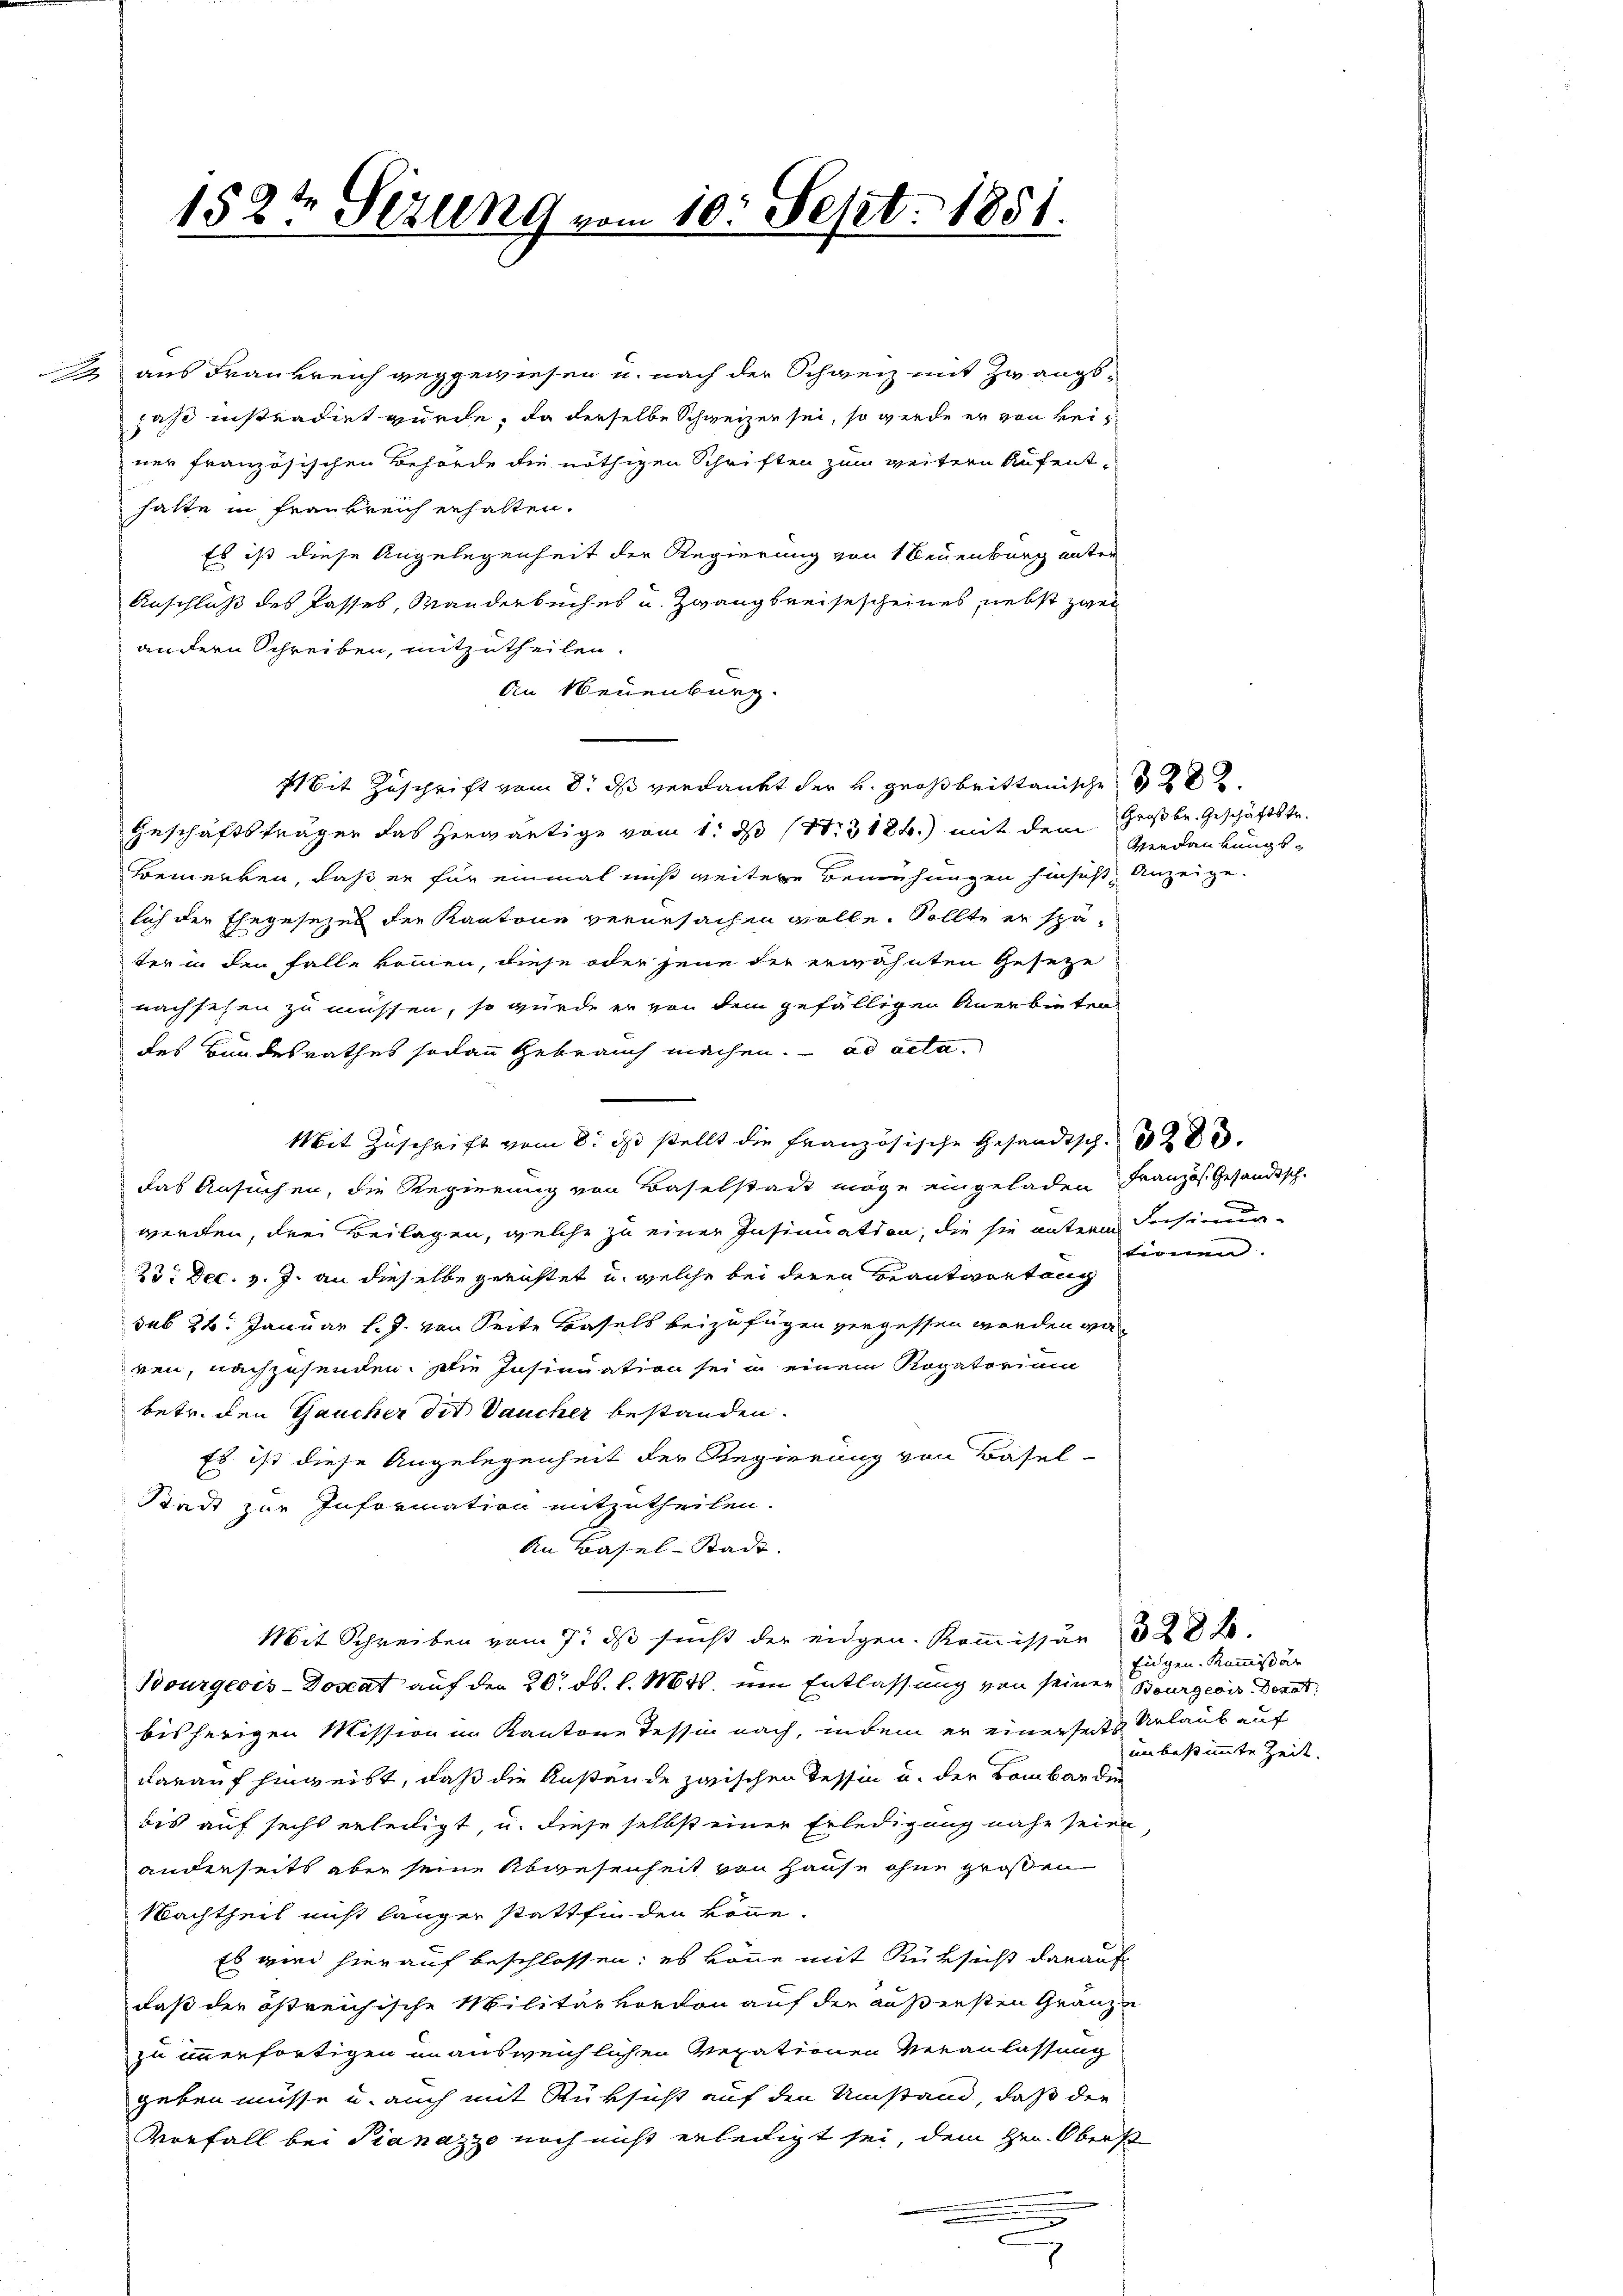
152te Sezung vom 10. Sept. 1851.

aus Frankreich geggewiesen u. nach der Schweiz mit Zwangsfast instradirt wurde, da derselbe Schweizen sei, so werde er von keiner französischen Behörde die nöthigen Schriften zum weitern Aufenthatte in Frankreich erhalten.
Es ist diese Angelegenheit der Regierung von 1 Neuenburg unter
Anschluß des Passes, Manderbuches u. Zwangbreisescheines, nebst zwei
andern Schreiben, mitzutheilen.
An Neuenburg.
bit Zuschrift vom 8. ds verdankt der v. Großbrittanische
Geschäftsträger das herwärtige vom 1. ds (S. 318.) mit dem Großbr. Geschäftstr.
Bemerken, daß er für einmal mißt weitere Bemühungen hinsicht Anzeige.
sich der Ehegesezel der Kantone verursachen wolle. Sollte er später in den Falle kommen, diese oder jene der erwähnten Gesetze
nachsehen zu müssen, so würde er von dem gefälligen Anerbieten
des Bundesrathes sodann Gebrauch machen. ad acta.
Mit Zuschrift vom 8. ds stellt die Französische Gesandtsch. 3200.
das Ansuchen, die Regierung von Baselstadt möge eingeladen Französ. Gesandtsch-
werden, drei Beilagen, welche zu einer Insinuation, die sie untern Insinu¬
23 Dec. v. J. an dieselbe gerichtet u. welche bei deren Beantwortung
sub 24. Januar l. J. von Seite Basels beizufügen vergessen werden wär
ren, nachzusenden. Die Insinuation sei in einem Rogatorium
betr. den Gaucher die Vaucher bestanden.
Es ist diese Angelegenheit der Regierung von Basel-
Stadt zur Information mitzutheilen.
An Basel-Stadt.
Mit Schreiben vom 9. ds sucht der eidgen. Koṁissär 328 f.
Bourgeois-Donat auf den 20. ds. l. Mts. um Entlassung von seiner Bourgeois Dorot
bisherigen Mission im Kantone Tessin nach, indem er einerseits Urlaub auf
darauf hinweibt, daß die Anstände zwischen Tessin u. der Bombarden
bis auf sechs erledigt, u. diese selbst einer Erledigung nahe seien,
anderseits aber seine Abwesenheit von Hause ohne großen
Nachtheil nicht länger stattfinden könne.
Es wird hierauf beschlossen; es könne mit Rüksicht darauf
daß der östreichische Militärvordon auf der äußersten Gränze
zu immerfortigen in ausweichlichen Verationen Veranlassung
geben müsse u. auch mit Rüksicht auf den Umstand, daß die
Vorfall bei Pianazze noch nicht erledigt sei, dem Hrn. Oberst
e
.

Verdankungs¬

tireren.

Eidgen. Kommißar
unbestimmte Zeit.